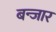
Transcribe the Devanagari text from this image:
बन्जार